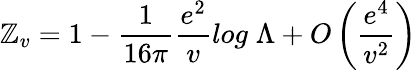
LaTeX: \mathbb{Z}_{v}=1-\frac{{1}}{{16\pi}}\frac{{e^{2}}}{{v}}log\; \Lambda+O\left(\frac{{e^{4}}}{{v^{2}}}\right)